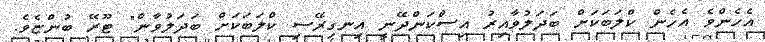
އެހެންވެ އެހެން ކްލަބަކަށް ބަދަލުވާއިރު އިސްކަންދޭނީ އިނގިރޭސި ކްލަބަކަށް ބަދަލުވާން" ޓޫރޭ ބުންޏެވެ.